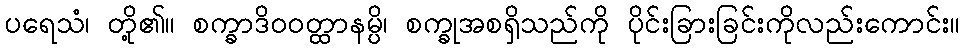
ပရေသံ၊ တို့၏။ စက္ခာဒိဝဝတ္ထာနမ္ပိ၊ စက္ခုအစရှိသည်ကို ပိုင်းခြားခြင်းကိုလည်းကောင်း။